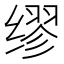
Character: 缪